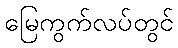
မြေကွက်လပ်တွင်